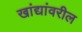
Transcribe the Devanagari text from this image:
खांद्यांवरील